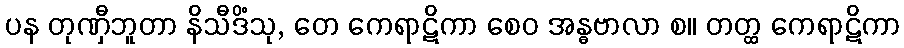
ပန တုဏှီဘူတာ နိသီဒိံသု, တေ ကေရာဋိကာ စေဝ အန္ဓဗာလာ စ။ တတ္ထ ကေရာဋိကာ